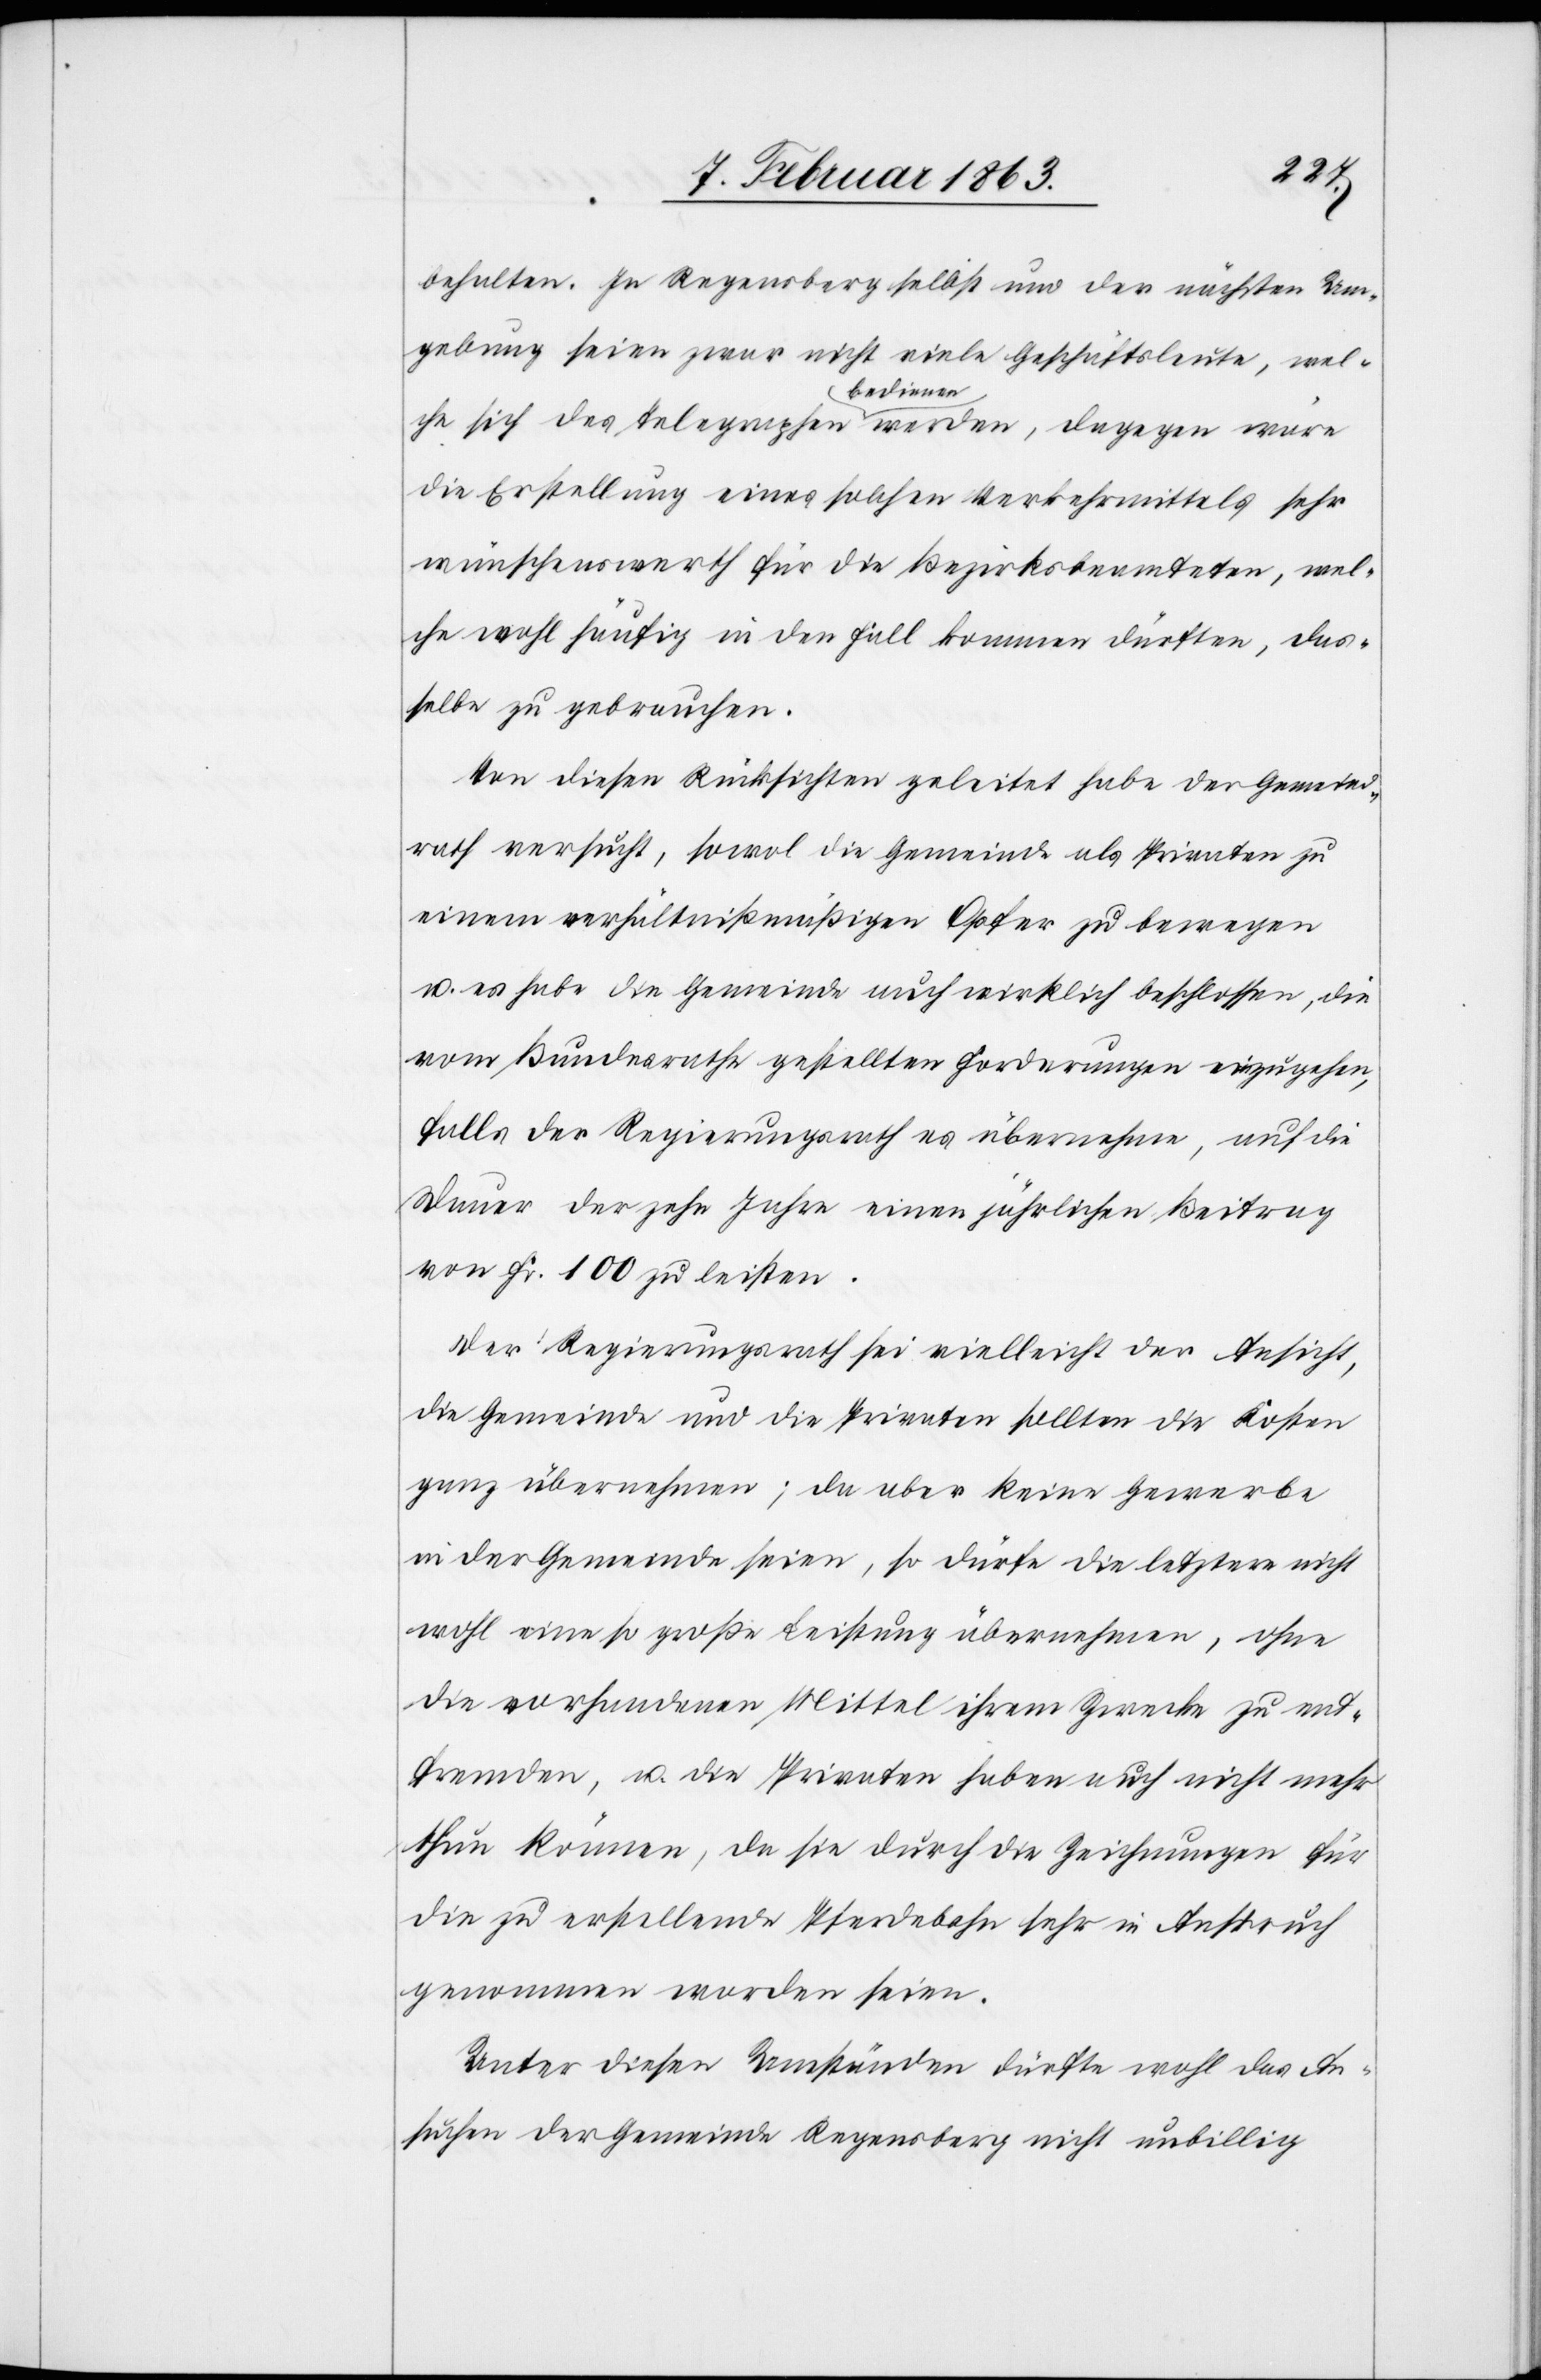
behalten. In Regensberg selbst und der nächsten Um¬
gebung seien zwar nicht viele Geschäftsleute, wel¬
che sich des Telegraphen bedienen werden, dagegen wäre
die Erstellung eines solchen Verkehrmittels sehr
wünschenswerth für die Bezirksbeamteten, wel¬
che wohl häufig in den Fall kommen dürften, das¬
selbe zu gebrauchen.
Von diesen Rücksichten geleitet habe der Gemeind¬
rath versucht, sowol die Gemeinde als Privaten zu
einem verhältnißmäßigen Opfer zu bewegen
u. es habe die Gemeinde auch wirklich beschlossen, die
vom Bundesrathe gestellten Forderungen einzugehen,
falls der Regierungsrath es übernehme, auf die
Dauer von zehn Jahre einen jährlichen Beitrag
von Fr. 100 zu leisten.
Der Regierungsrath sei vielleicht der Ansicht,
die Gemeinde und die Privaten sollten die Kosten
ganz übernehmen; da aber keine Gewerbe
in der Gemeinde seien, so dürfe die letztere nicht
wohl eine so große Leistung übernehmen, ohne
die vorhandenen Mittel ihrem Zwecke zu ent¬
fremden, u. die Privaten haben auch nicht mehr
thun können, da sie durch die Zeichnungen für
die zu erstellende Pferdebahn sehr in Anspruch
genommen worden seien.
Unter diesen Umständen dürfte wohl das An¬
suchen der Gemeinde Regensberg nicht unbillig